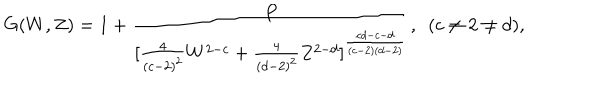
G ( W , Z ) = 1 + { \frac { P } { [ { \frac { 4 } { ( c - 2 ) ^ { 2 } } } W ^ { 2 - c } + { \frac { 4 } { ( d - 2 ) ^ { 2 } } } Z ^ { 2 - d } ] ^ { \frac { c d - c - d } { ( c - 2 ) ( d - 2 ) } } } } , \ \ ( c \neq 2 \neq d ) ,